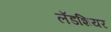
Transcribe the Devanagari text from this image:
लॅडशियर